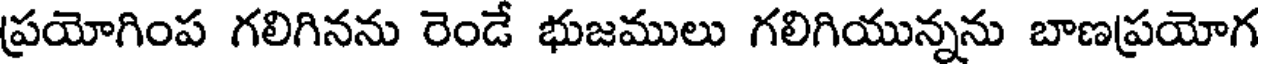
ప్రయోగింప గలిగినను రెండే భుజములు గలిగియున్నను బాణప్రయోగ